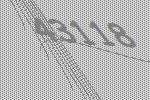
43118